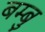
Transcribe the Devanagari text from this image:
बम्बु